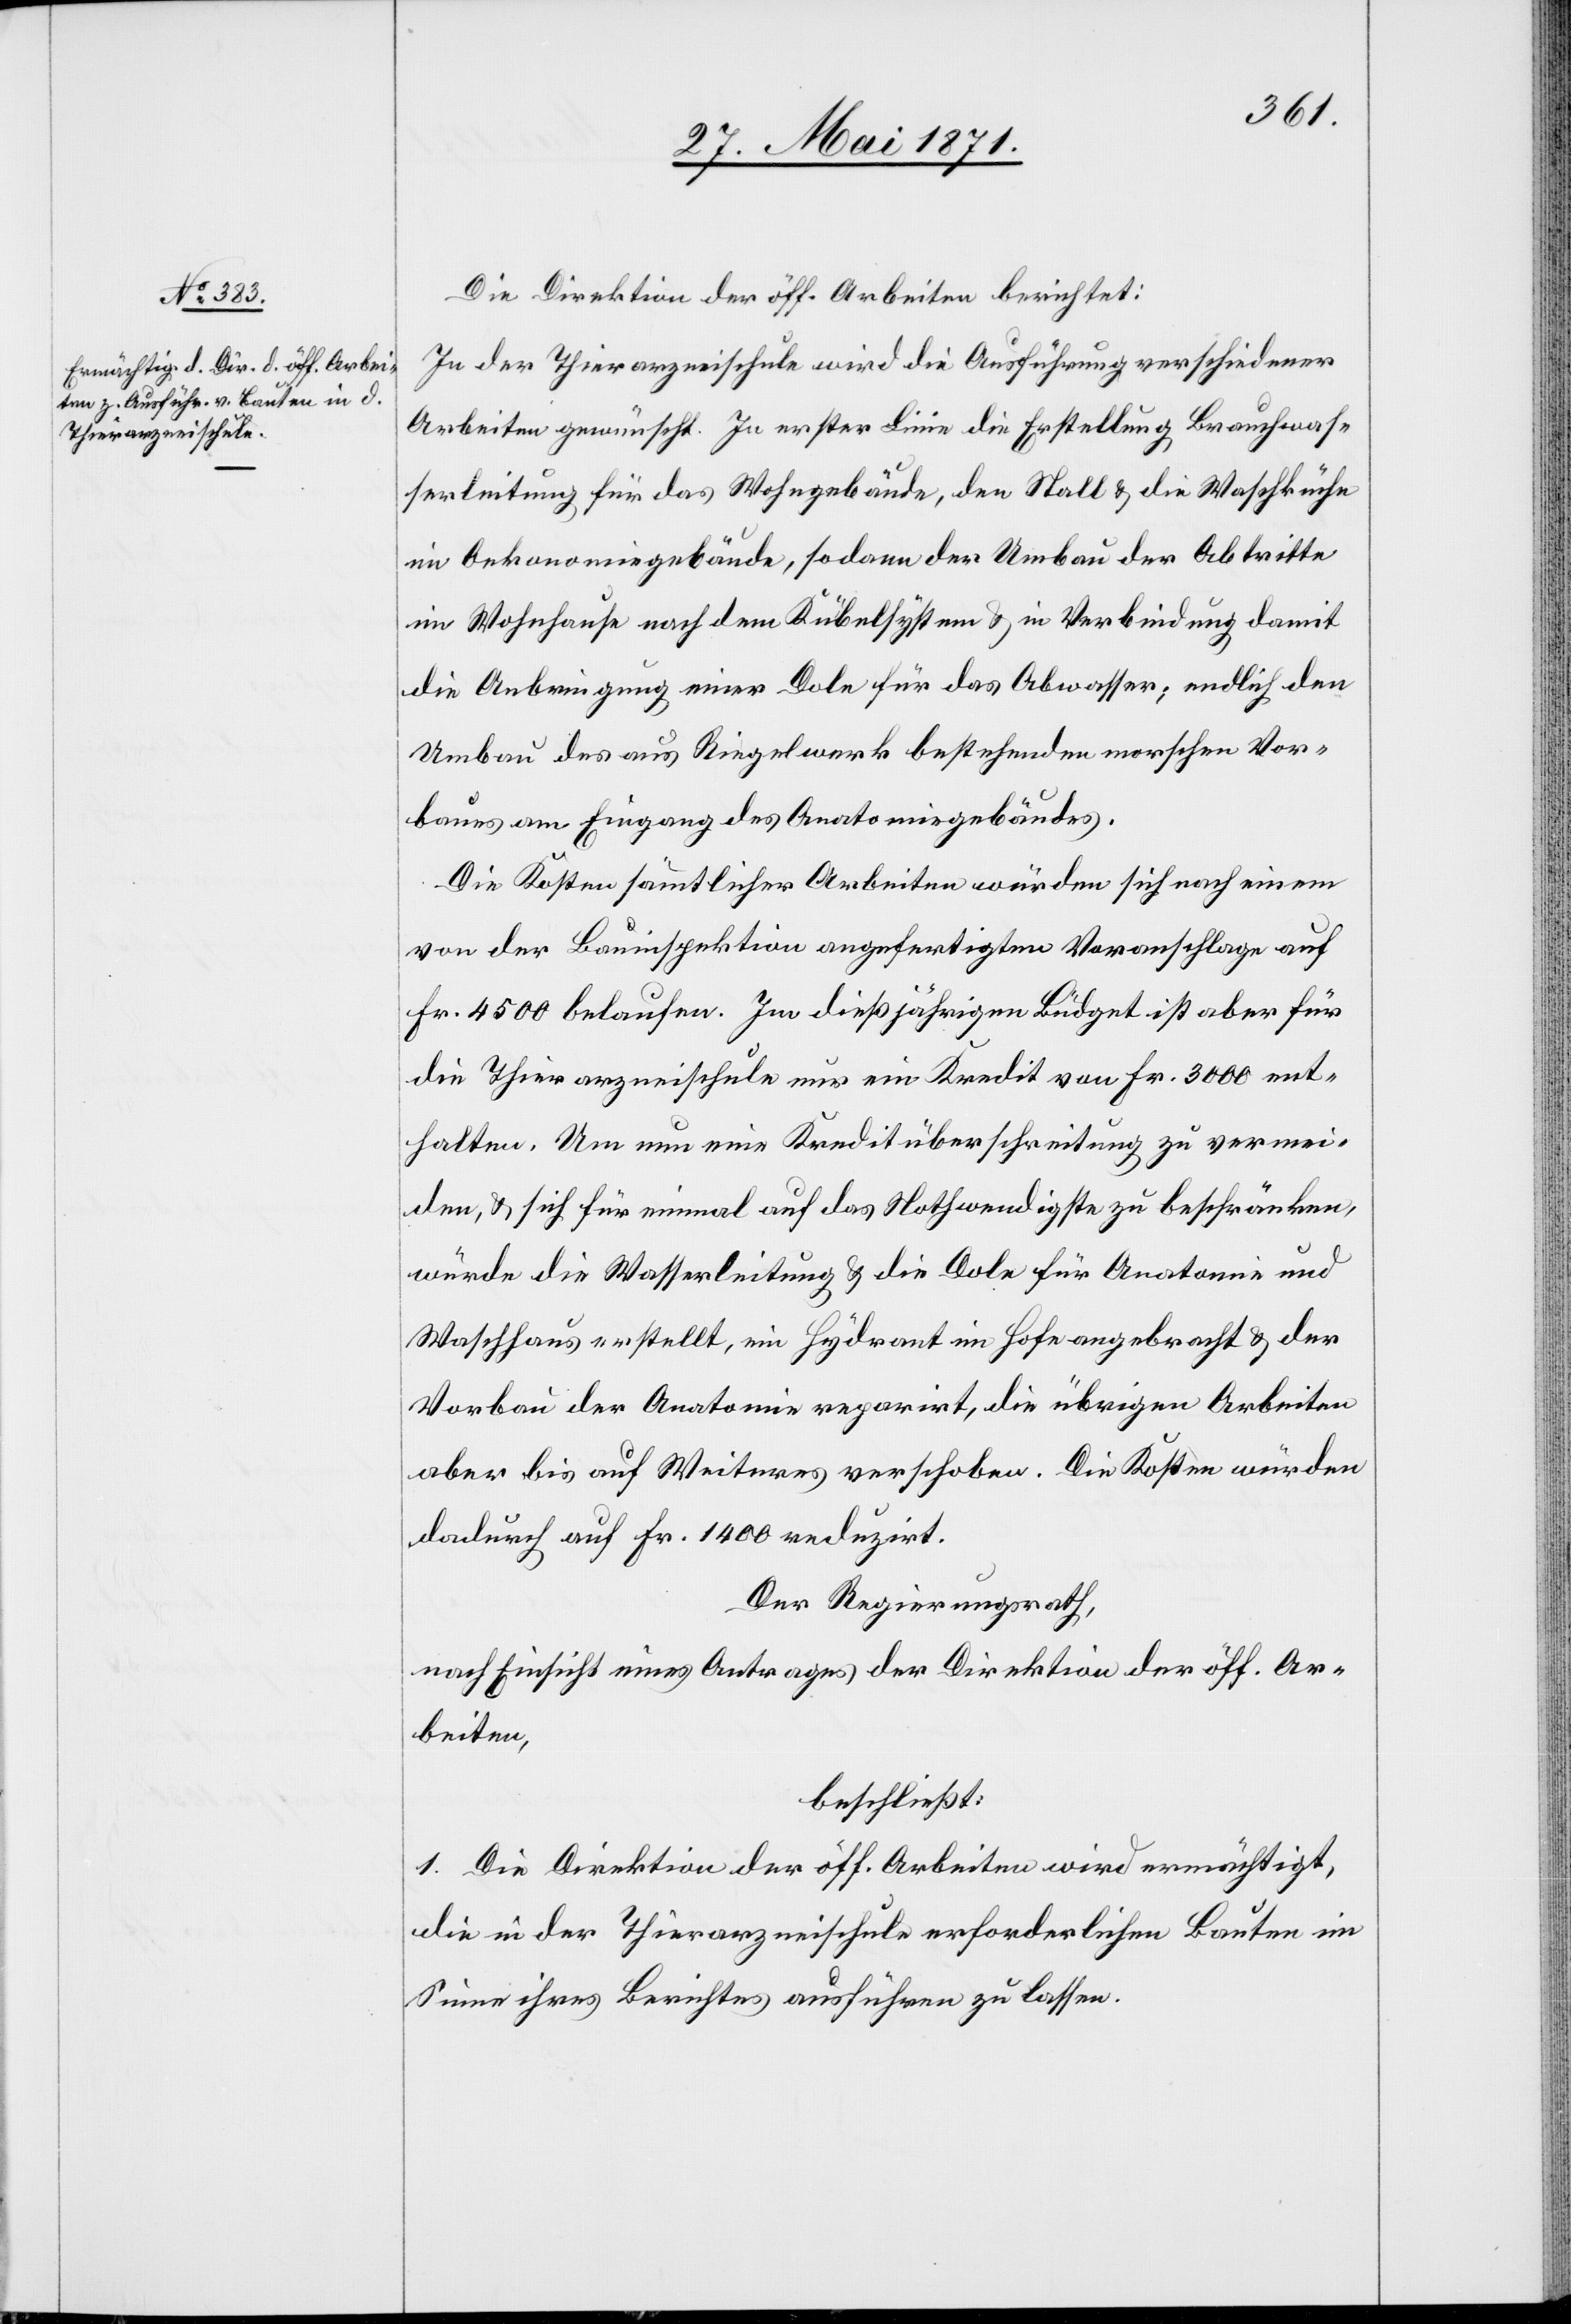
Die Direktion der öff. Arbeiten berichtet:
In der Thierarzneischule wird die Ausführung verschiedener
Arbeiten gewünscht. In erster Linie die Erstellung Brauchwasse¬
im Oekonomiegebäude, sodann der Umbau der Abtritte
im Wohnhause nach dem Kübelsystem u. in Verbindung damit
die Anbringung einer Dole für das Abwasser; endlich den
Umbau des aus Riegelwerk bestehenden morschen Vor¬
baues am Eingang des Anatomiegebäudes.
Die Kosten sämmtlicher Arbeiten würden sich nach einem
von der Bauinspektion angefertigten Voranschlage auf
Fr. 4500 belaufen. Im dießjährigen Büdget ist aber für
die Thierarzneischule nur ein Kredit von Fr. 3000 ent¬
halten. Um nun eine Kreditüberschreitung zu vermei¬
den, u. sich für einmal auf das Nothwendigste zu beschränken,
würde die Wasserleitung u. die Dole für Anatomie und
Wachhaus erstellt, im Hydrant im Hofe angebracht u. der
Vorbau der Anatomie reparirt, die übrigen Arbeiten
aber bis auf Weiteres verschoben. Die Kosten würden
dadurch auf Fr. 1400 reduzirt.
Der Regierungsrath,
nach Einsicht eines Antrages der Direktion der öff. Ar¬
beiten,
beschließt:
1. Die Direktion der öff. Arbeiten wird ermächtigt,
die in der Thierarzneischule erforderlichen Bauten im
Sinne ihres Berichtes ausführen zu lassen.